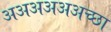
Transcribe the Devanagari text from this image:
अअअअअअच्छा